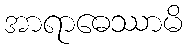
အာရာဓေဿာမိ